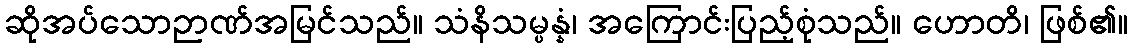
ဆိုအပ်သောဉာဏ်အမြင်သည်။ သံနိသမ္ပန္နံ၊ အကြောင်းပြည့်စုံသည်။ ဟောတိ၊ ဖြစ်၏။